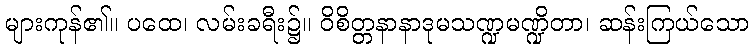
များကုန်၏။ ပထေ၊ လမ်းခရီး၌။ ဝိစိတ္တနာနာဒုမသဏ္ဍမဏ္ဍိတာ၊ ဆန်းကြယ်သော